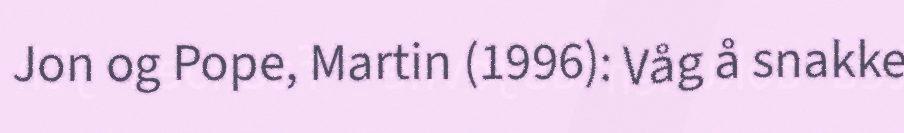
Jon og Pope, Martin (1996): Våg å snakke